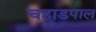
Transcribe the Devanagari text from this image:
चहाडपाल